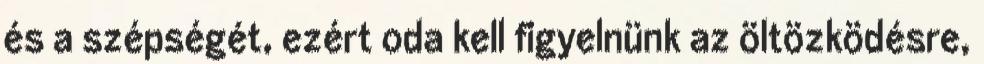
és a szépségét, ezért oda kell figyelnünk az öltözködésre,